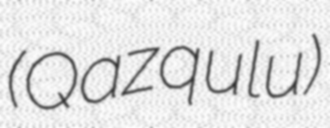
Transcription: (Qazqulu)